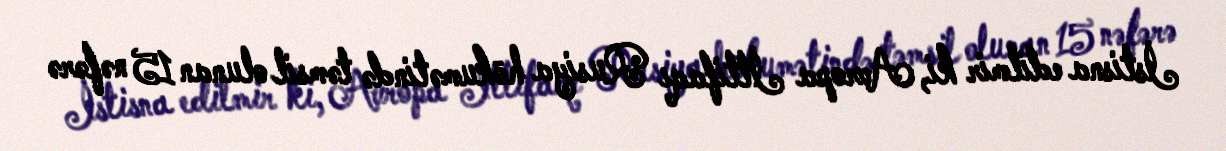
İstisna edilmir ki, Avropa İttifaqı Rusiya hökumətində təmsil olunan 15 nəfərə